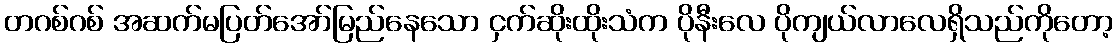
တဂစ်ဂစ် အဆက်မပြတ်အော်မြည်နေသော ငှက်ဆိုးထိုးသံက ပိုနီးလေ ပိုကျယ်လာလေရှိသည်ကိုတော့